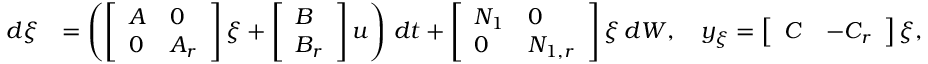
\begin{array} { r l } { d \xi } & { = \left( \left[ \begin{array} { l l } { A } & { 0 } \\ { 0 } & { A _ { r } } \end{array} \right] \xi + \left[ \begin{array} { l } { B } \\ { B _ { r } } \end{array} \right] u \right) \, d t + \left[ \begin{array} { l l } { N _ { 1 } } & { 0 } \\ { 0 } & { N _ { 1 , r } } \end{array} \right] \xi \, d W , \quad y _ { \xi } = \left[ \begin{array} { l l } { C } & { - C _ { r } } \end{array} \right] \xi , } \end{array}